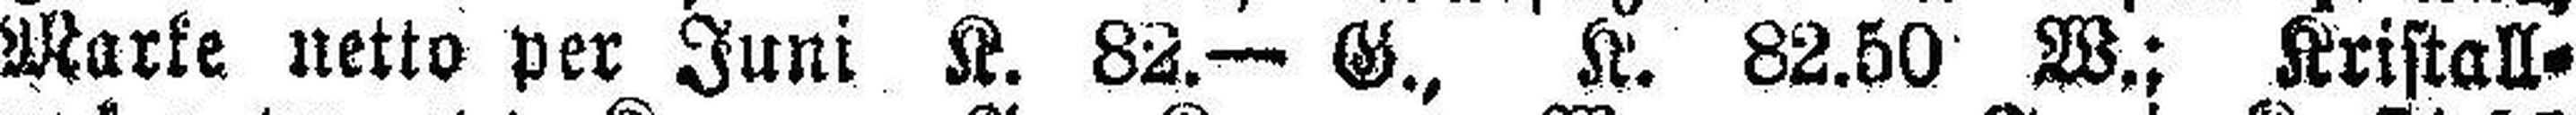
Marke netto per Juni K. 82.— G., K. 82.50 W.; Kristall¬